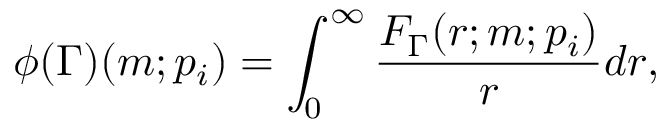
\phi ( \Gamma ) ( m ; p _ { i } ) = \int _ { 0 } ^ { \infty } \frac { F _ { \Gamma } ( r ; m ; p _ { i } ) } { r } d r ,